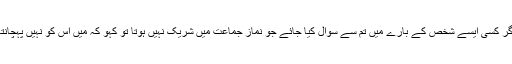
•اگر کسی ایسے شخص کے بارے میں تم سے سوال کیا جائے جو نماز جماعت میں شریک نہیں ہوتا تو کہو کہ میں اس کو نہیں پہچانتا ۔